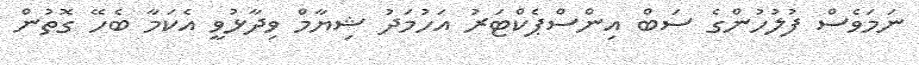
ނަމަވެސް ފުލުހުންގެ ސަބް އިންސްޕެކްޓަރު އަހުމަދު ޝިޔާމް ވިދާޅުވީ އެކަމާ ބެހޭ ގޮތުން